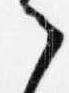
之